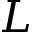
L